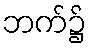
ဘက်၌